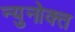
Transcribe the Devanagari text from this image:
न्युनोक्त